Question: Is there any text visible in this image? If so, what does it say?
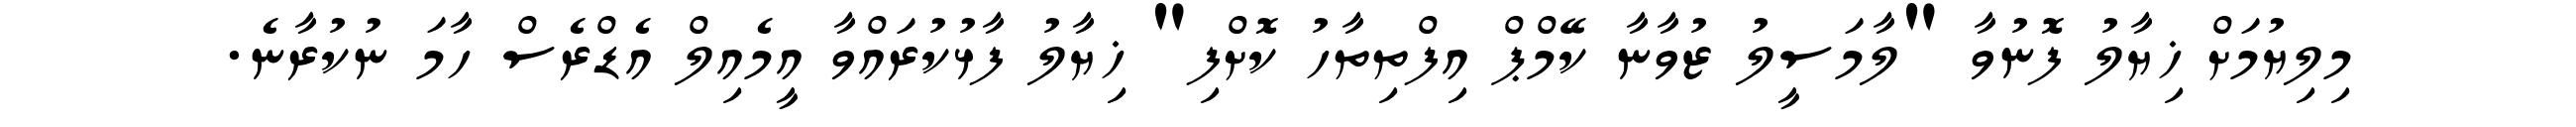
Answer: މިލިޔުމަށް ޚިޔާލު ފޮނުވާ "ލާމަސީލު ޒުވާނާ ކޭމްޕް އިފްތިތާހު ކޮށްފި" ޚިޔާލު ފާޅުކުރައްވާ އީމެއިލް އެޑްރެސް ހާމަ ނުކުރާނެ.